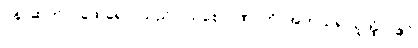
ပန၊ ဆက်။ (ထေရော၊ သည်၊) သစေ ဂဏှာတိ၊ အကယ်၍ယူအံ့။ (ဧဝံ